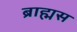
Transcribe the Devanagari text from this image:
ब्राह्मस